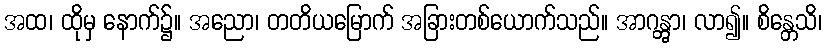
အထ၊ ထိုမှ နောက်၌။ အညော၊ တတိယမြောက် အခြားတစ်ယောက်သည်။ အာဂန္တွာ၊ လာ၍။ စိန္တေသိ၊